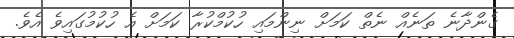
ގެންދާނެ ތަނެއް ނެތް ކަމަށް ނިންމައި ހުކުމްކުރާ ކަމަށް އެ ހުކުމުގައިވެ އެވެ.